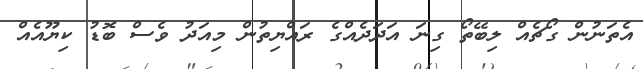
އެތަނުން ގޯޗެއް ލިބޭތޯ ގިނަ އަދަދެއްގެ ރައްޔިތުން މިއަދު ވެސް ބޮޑު ކިޔޫއެއް